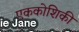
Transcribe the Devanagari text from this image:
एककोशिकी